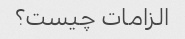
الزامات چیست؟